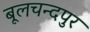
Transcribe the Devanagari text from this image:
बूलचन्दपुर